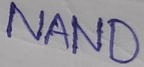
Text: NAND